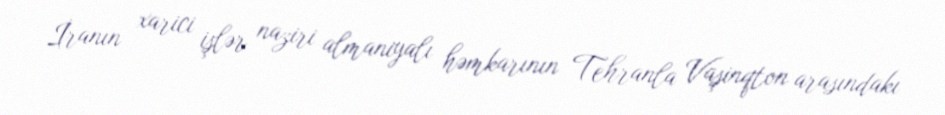
İranın xarici işlər naziri almaniyalı həmkarının Tehranla Vaşinqton arasındakı